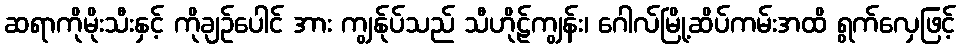
ဆရာကိုမိုးသီးနှင့် ကိုချဉ်ပေါင် အား ကျွန်ုပ်သည် သီဟိုဠ်ကျွန်း၊ ဂေါလ်မြို့ဆိပ်ကမ်းအထိ ရွက်လှေဖြင့်